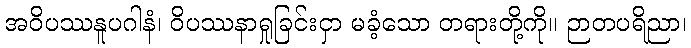
အဝိပဿနူပဂါနံ၊ ဝိပဿနာရှုခြင်းငှာ မခံ့သော တရားတို့ကို။ ဉာတပရိညာ၊